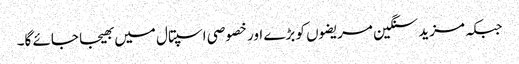
جبکہ مزید سنگین مریضوں کو بڑے اور خصوصی اسپتال میں بھیجا جائے گا۔